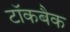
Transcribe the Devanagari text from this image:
टॉकबैक